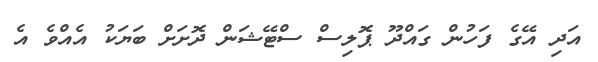
އަދި އޭގެ ފަހުން ގައްދޫ ޕޮލިސް ސްޓޭޝަން ދޮށަށް ބަޔަކު އެއްވެ އެ